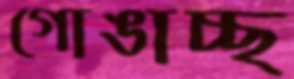
গোঙাচ্ছ